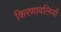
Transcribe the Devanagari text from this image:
किरणावलियों